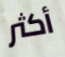
أكثر